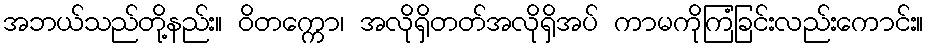
အဘယ်သည်တို့နည်း။ ဝိတက္ကော၊ အလိုရှိတတ်အလိုရှိအပ် ကာမကိုကြံခြင်းလည်းကောင်း။